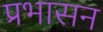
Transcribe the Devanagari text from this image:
प्रभासन